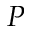
P